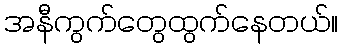
အနီကွက်တွေထွက်နေတယ်။